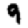
Digit: 9